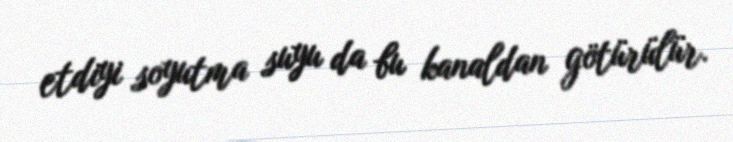
etdiyi soyutma suyu da bu kanaldan götürülür.